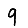
Digit: 9